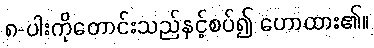
၈-ပါးကိုတောင်းသည်နှင့်စပ်၍ ဟောထား၏။